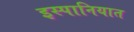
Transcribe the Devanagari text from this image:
इस्पानियात